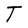
Character: T